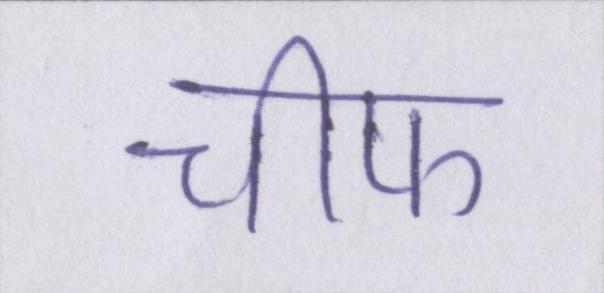
चीफ